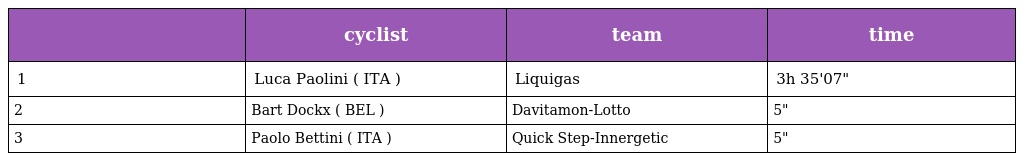
|  | cyclist | team | time |
 | --- | --- | --- | --- |
 | 1 | Luca Paolini ( ITA ) | Liquigas | 3h 35'07" |
 | 2 | Bart Dockx ( BEL ) | Davitamon-Lotto | 5" |
 | 3 | Paolo Bettini ( ITA ) | Quick Step-Innergetic | 5" |